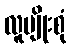
လူမျိုးစုံ